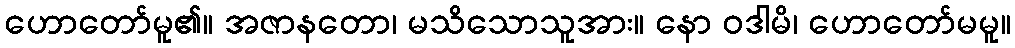
ဟောတော်မူ၏။ အဇာနတော၊ မသိသောသူအား။ နော ဝဒါမိ၊ ဟောတော်မမူ။